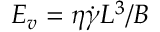
E _ { v } = \eta \dot { \gamma } L ^ { 3 } / B